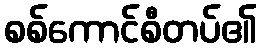
စစ်ကောင်စီတပ်၏